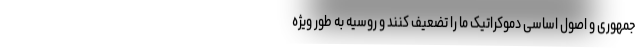
جمهوری و اصول اساسی دموکراتیک ما را تضعیف کنند و روسیه به طور ویژه